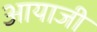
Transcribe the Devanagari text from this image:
आयाजी